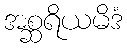
အစ္ဆရိယမိဒံ